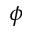
\phi